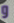
و